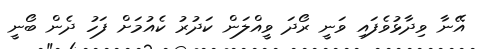
އޭނާ ވިދާޅުވެފައި ވަނީ ރޯދަ ވީއްލަން ކަދުރު ކެއުމަށް ފަހު ދެން ބޯނީ